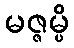
မဇ္ဇမ္ပိ